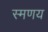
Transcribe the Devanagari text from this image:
स्मणय